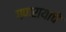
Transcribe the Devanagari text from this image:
गणरायाचे